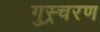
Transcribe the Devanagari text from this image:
गुस्र्चरण